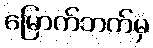
မြောက်ဘက်မှ